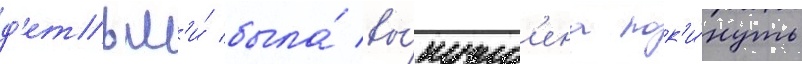
д'етьм'и́ была́ вы́нужд'ена пок'и́нуть